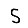
Digit: 5